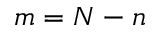
m = N - n